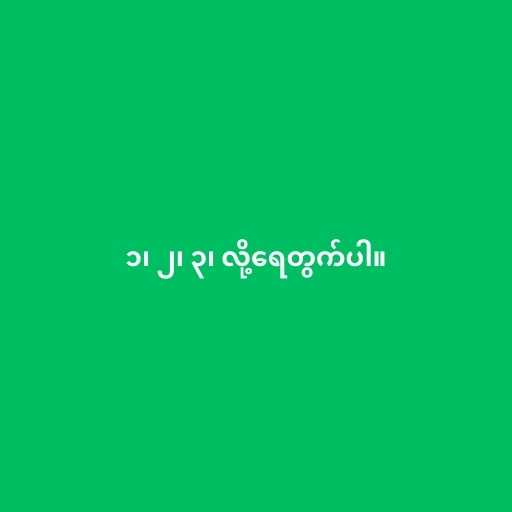
၁၊ ၂၊ ၃၊ လို့ရေတွက်ပါ။